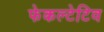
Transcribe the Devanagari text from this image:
फेकल्टेटिव